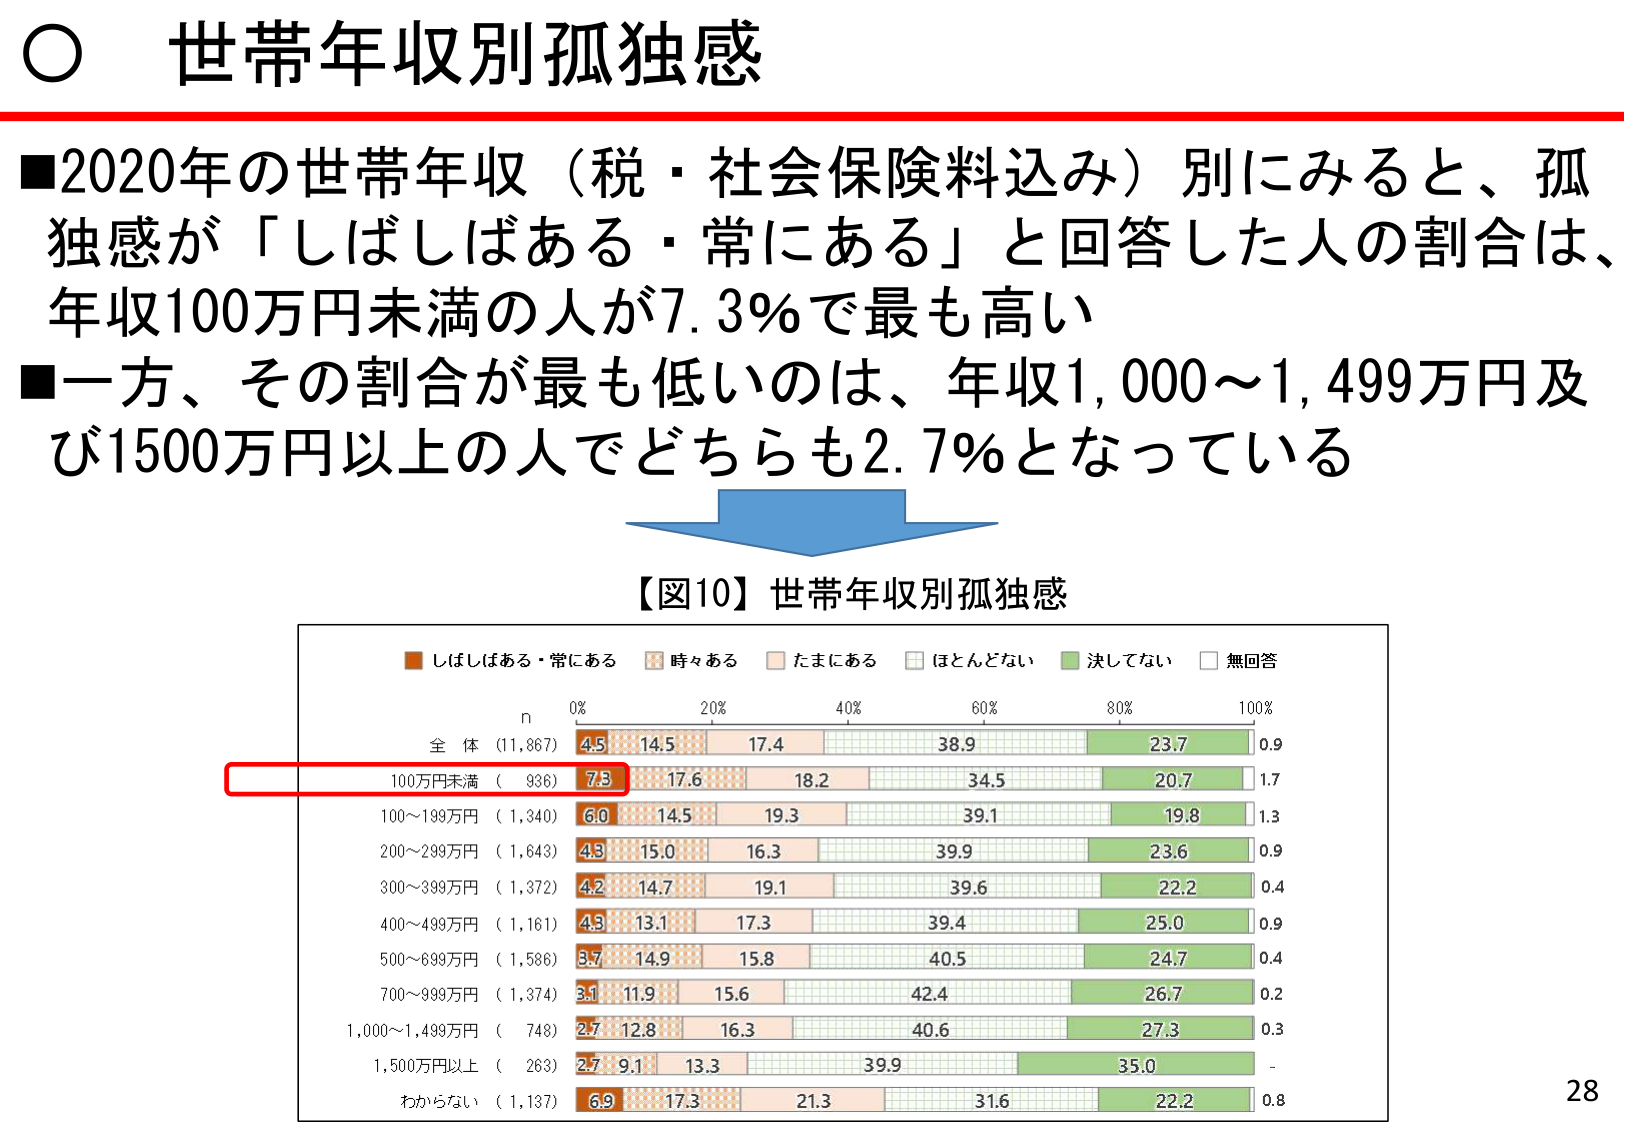
○ 世帯年収別孤独感

■2020年の世帯年収（税・社会保険料込み）別にみると、孤独感が「しばしばある・常にある」と回答した人の割合は、年収100万円未満の人が7.3％で最も高い
■一方、その割合が最も低いのは、年収1,000～1,499万円及び1500万円以上の人でどちらも2.7％となっている

【図10】世帯年収別孤独感

■ しばしばある・常にある
■ 時々ある
■ たまにある
■ ほとんどない
■ 決してない
■ 無回答

n
0% 20% 40% 60% 80% 100%

全 体 （11,867） 4.5 14.5 17.4 38.9 23.7 0.9
100万円未満 （ 936） 7.3 17.6 18.2 34.5 20.7 1.7
100～199万円 （ 1,340） 6.0 14.5 19.3 39.1 19.8 1.3
200～299万円 （ 1,643） 4.3 15.0 16.3 39.9 23.6 0.9
300～399万円 （ 1,372） 4.2 14.7 19.1 39.6 22.2 0.4
400～499万円 （ 1,161） 4.3 13.1 17.3 39.4 25.0 0.9
500～699万円 （ 1,586） 3.7 14.9 15.8 40.5 24.7 0.4
700～999万円 （ 1,374） 3.1 11.9 15.6 42.4 26.7 0.2
1,000～1,499万円 （ 748） 2.7 12.8 16.3 40.6 27.3 0.3
1,500万円以上 （ 263） 2.7 9.1 13.3 39.9 35.0 -
わからない （ 1,137） 6.9 17.3 21.3 31.6 22.2 0.8

28